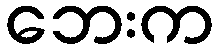
ဘေးက